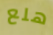
هلع